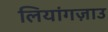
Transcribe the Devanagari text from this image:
लियांगज़ाउ